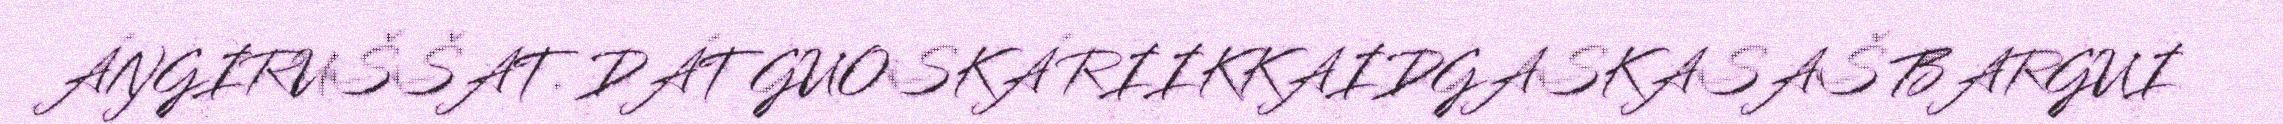
ÁŊGIRUŠŠAT. DÁT GUOSKÁ RIIKKAIDGASKASAŠ BARGUI